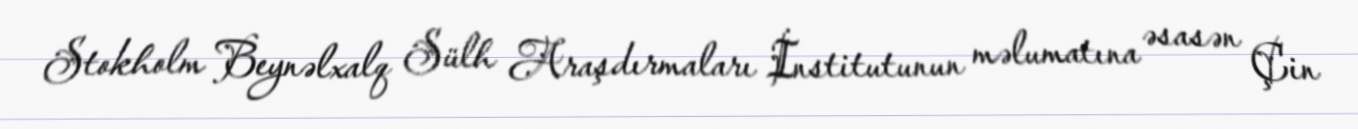
Stokholm Beynəlxalq Sülh Araşdırmaları İnstitutunun məlumatına əsasən Çin